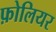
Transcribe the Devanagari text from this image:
फ़ोलियर